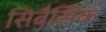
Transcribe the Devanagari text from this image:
सिबैसिक